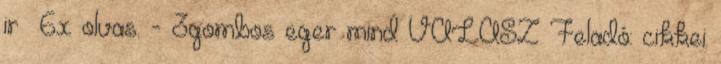
ir 6x olvas. - 3gombos eger mind VÁLASZ Feladó: cikkei